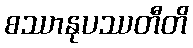
စဿာနုပဿတီတိ